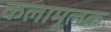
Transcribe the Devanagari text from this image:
कलामूलक